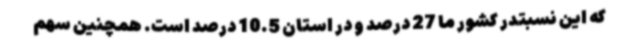
که این نسبتدر کشور ما 27 درصد و در استان 10.5 درصد است. همچنین سهم